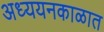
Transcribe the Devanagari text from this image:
अध्ययनकाळात